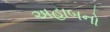
અહાબનો